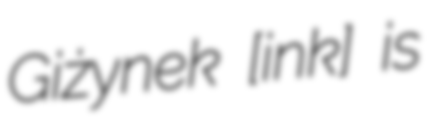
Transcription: Giżynek [ɡiˈʐɨnɛk] is